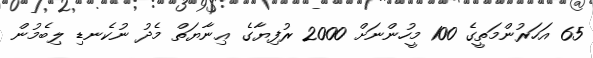
65 އަހަރުންމަތީގެ 100 މީހުންނަށް 2000 ރުފިޔާގެ ޢިނާޔަތް މެދު ނުކެނޑި ލިބެމުން